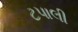
ટપાલી